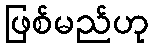
ဖြစ်မည်ဟု